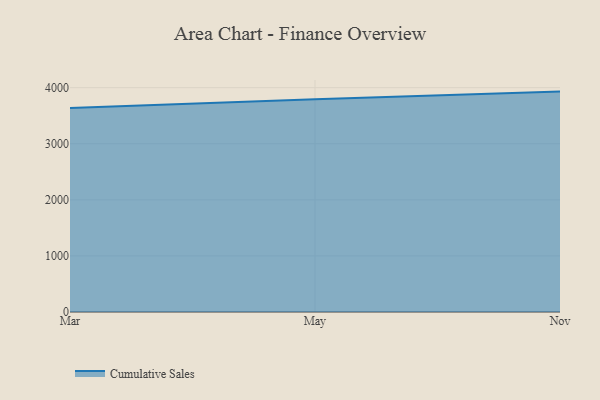
{"axis": {"x": "Month", "y": "Bounce Rate (%)"}, "legend": ["Cumulative Sales"], "data": [{"x": "Mar", "y": 3636.4, "type": "Cumulative Sales"}, {"x": "May", "y": 3794.3, "type": "Cumulative Sales"}, {"x": "Nov", "y": 3929.7, "type": "Cumulative Sales"}]}